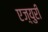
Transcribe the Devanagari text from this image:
एज़्युरी